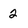
Character: 2